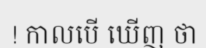
! កាលបើ ឃើញ ថា